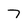
Character: 7